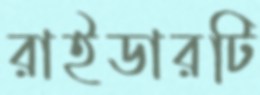
রাইডারটি